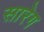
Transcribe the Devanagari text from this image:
सारेग